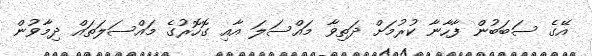
އޭގެ ސަބަބުން ފާހާނާ ކުރުމަށް ދަތިވާ މައްސަލަ އާއި ގޮހޮރުގެ މައްސަލަތައް ދިމާވުން